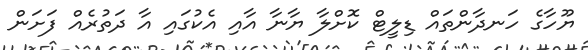
ޔޫހާގެ ހަނދާންތައް ޑިލީޓް ކޮށްލާ ޔާނާ އާއި އެކުގައި އާ ދަތުރެއް ފަށަން